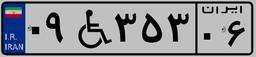
۰۹W۳۵۳۰۶